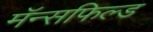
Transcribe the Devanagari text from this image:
मॅन्सफिल्ड